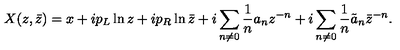
X ( z , \bar { z } ) = x + i p _ { L } \ln z + i p _ { R } \ln \bar { z } + i \sum _ { n \neq 0 } \frac { 1 } { n } a _ { n } z ^ { - n } + i \sum _ { n \neq 0 } \frac { 1 } { n } \tilde { a } _ { n } { \bar { z } } ^ { - n } .